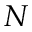
N